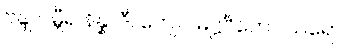
ဗိန္ဒု ဂမ္ဘီရ နိန္နာဒီ၊ တျေဝ မဋ္ဌင်္ဂိကော သရော။